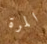
المرة